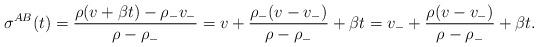
LaTeX: \begin{align*}\sigma^{AB}(t)=\frac{\rho(v+\beta t)-\rho_{-}v_{-}}{\rho-\rho_{-}}=v+\frac{\rho_{-}(v-v_{-})}{\rho-\rho_{-}}+\beta t=v_{-} +\frac{\rho(v-v_{-})}{\rho-\rho_{-}}+\beta t.\end{align*}